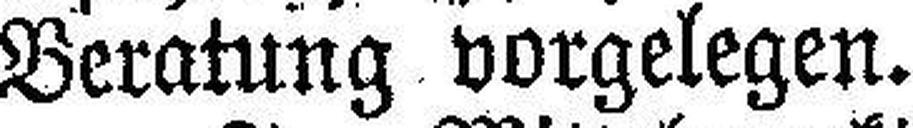
Beratung vorgelegen.